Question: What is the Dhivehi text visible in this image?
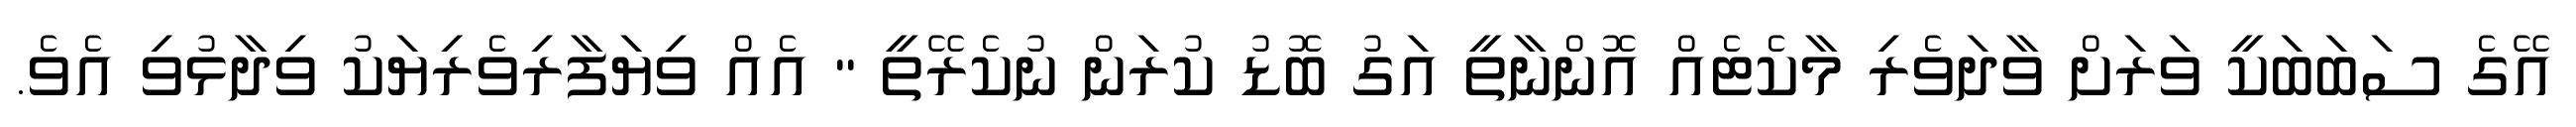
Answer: އޭގެ ސަބަބަކީ ވަރަށް ވާދަވެރި މާކެޓެއް އޮންނާތީ އަގު ބޮޑު ކުރަން ނުކެރޭތީ " އެއް ވިޔަފާރިވެރިޔަކު ވިދާޅުވި އެވެ.